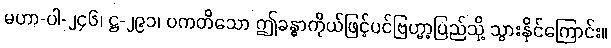
မဟာ-ပါ-၂၄၆၊ ဋ္ဌ-၂၉၁၊ ပကတိသော ဤခန္ဓာကိုယ်ဖြင့်ပင်ဗြဟ္မာ့ပြည်သို့ သွားနိုင်ကြောင်း။